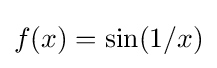
f(x)=\sin(1/x)